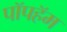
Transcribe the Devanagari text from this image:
पॉपहॅम